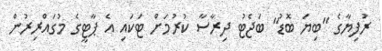
ރުފިޔާގެ "ބިޔަ ބޮޑު" ބަޖެޓު ދިރާސާ ކުރުމަށް ޓަކައި އެ ޕާޓީގެ މުގައްރިރުން